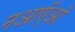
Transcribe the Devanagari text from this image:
नआऍऑ